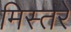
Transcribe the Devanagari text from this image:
मिस्तरे